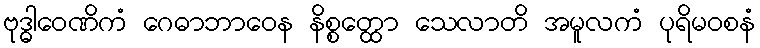
ဗုဒ္ဓါဝေဏိကံ ဂေဓာဘာဝေန နိစ္စတ္ထော သေလာတိ အမူလကံ ပုရိမဝစနံ